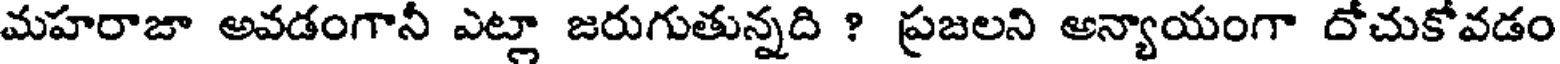
మహరాజా అవడంగానీ ఎట్లా జరుగుతున్నది ? ప్రజలని అన్యాయంగా దోచుకోవడం